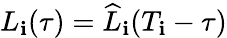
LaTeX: L_{\mathbf{i}}(\tau)=\widehat{{L}}_{\mathbf{i}}(T_{\mathbf{i}}-\tau)